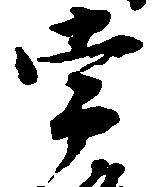
常